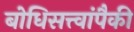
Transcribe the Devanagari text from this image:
बोधिसत्त्वांपैकी